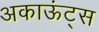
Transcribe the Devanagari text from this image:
अकाऊंट्‌स